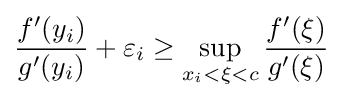
{\frac {f'(y_{i})}{g'(y_{i})}}+\varepsilon _{i}\geq \sup _{x_{i}<\xi <c}{\frac {f'(\xi )}{g'(\xi )}}